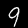
Digit: 9